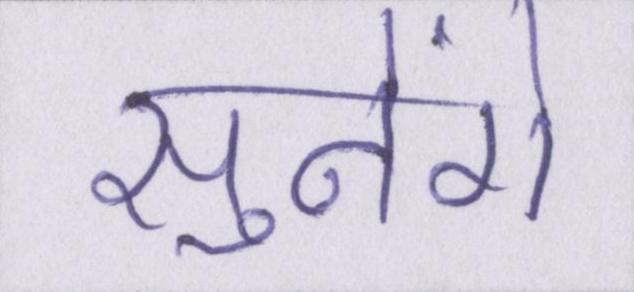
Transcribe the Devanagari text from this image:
सुनेंगे